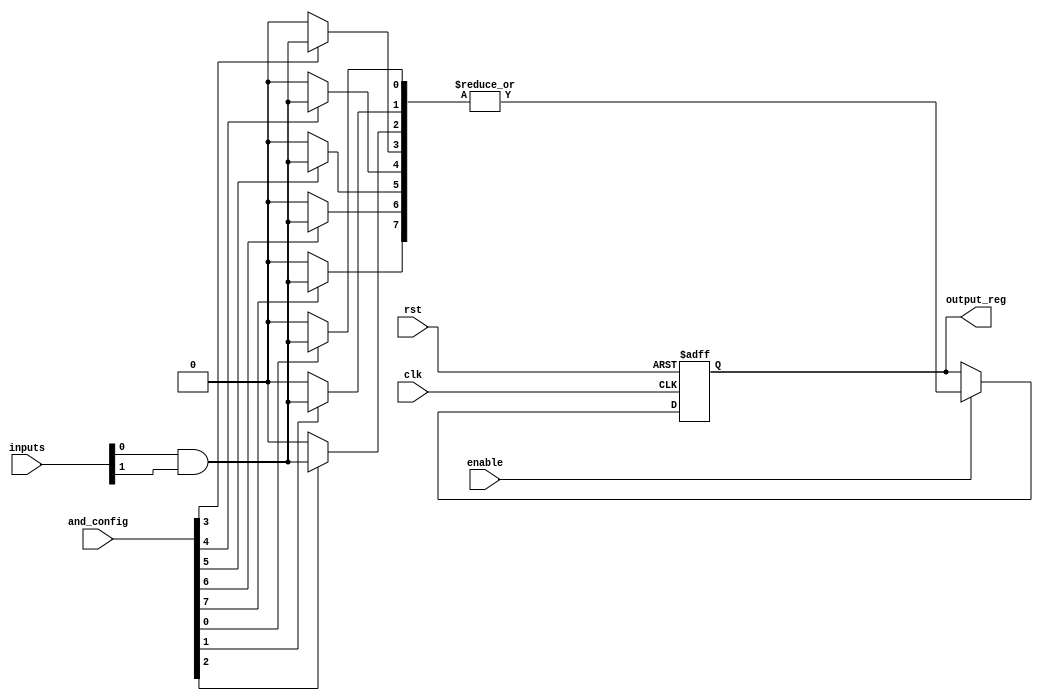
module RPAL #(
    parameter NUM_INPUTS = 4,       // Number of inputs to the RPAL
    parameter NUM_AND_GATES = 8,     // Number of AND gates
    parameter NUM_OR_GATES = 1        // Number of OR gates
)(
    input wire clk,                   // Clock signal
    input wire rst,                   // Reset signal
    input wire [NUM_INPUTS-1:0] inputs, // RPAL input signals
    input wire enable,                // Enable signal for latching output
    input wire [NUM_AND_GATES-1:0] and_config, // Configuration for AND gates
    output reg [NUM_OR_GATES-1:0] output_reg // Output register
);

// Internal signals
wire [NUM_AND_GATES-1:0] and_outputs;

// Programmable AND Array
genvar i;
generate
    for (i = 0; i < NUM_AND_GATES; i = i + 1) begin : and_gate_array
        assign and_outputs[i] = and_config[i] ? (inputs[0] & inputs[1]) : 1'b0; // Extend for more inputs as needed
    end
endgenerate

// Fixed OR Array
wire or_output;
assign or_output = |and_outputs; // OR operation across all AND outputs

// Output Register
always @(posedge clk or posedge rst) begin
    if (rst) begin
        output_reg <= 0; // Reset output register
    end else if (enable) begin
        output_reg <= or_output; // Store output of OR array
    end
end

endmodule